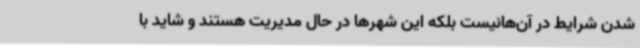
شدن شرایط در آن‌هانیست بلکه این شهرها در حال مدیریت هستند و شاید با